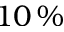
1 0 \, \%